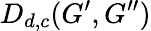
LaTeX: D_{d,c}(G^{\prime},G^{\prime\prime})